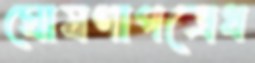
ঘোষণাপত্রেধ